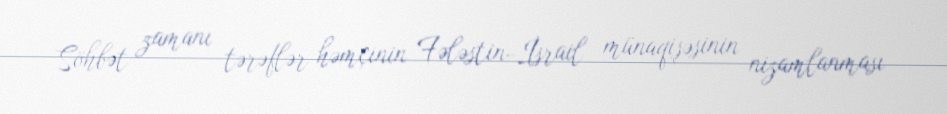
Söhbət zamanı tərəflər həmçinin Fələstin-İsrail münaqişəsinin nizamlanması